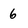
Character: 6